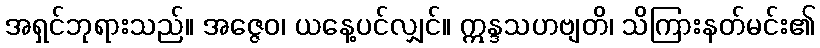
အရှင်ဘုရားသည်။ အဇ္ဇေဝ၊ ယနေ့ပင်လျှင်။ ဣန္ဒသဟဗျတိ၊ သိကြားနတ်မင်း၏